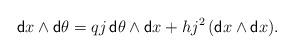
LaTeX: \begin{align*} {\sf d}x\wedge{\sf d}\theta = qj \, {\sf d}\theta\wedge{\sf d}x + hj^2 \, ({\sf d}x\wedge{\sf d}x).\end{align*}